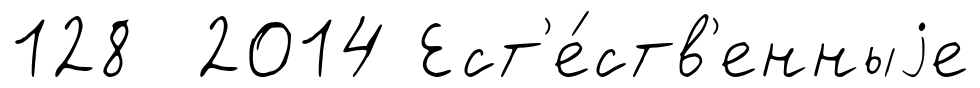
128 2014 Ест'е́ств'енныjе